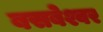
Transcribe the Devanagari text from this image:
बसबेश्वर